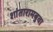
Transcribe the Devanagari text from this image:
शांतारामबुवा